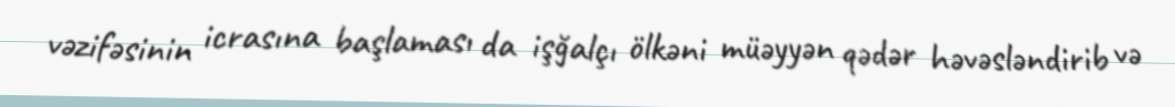
vəzifəsinin icrasına başlaması da işğalçı ölkəni müəyyən qədər həvəsləndirib və